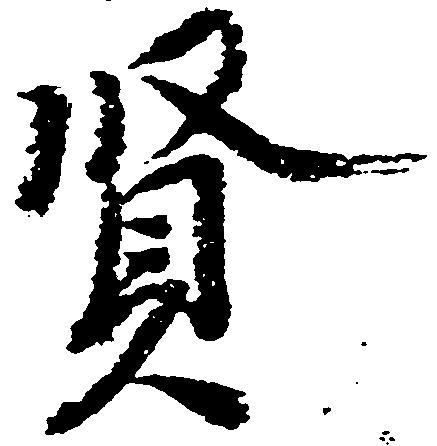
賢